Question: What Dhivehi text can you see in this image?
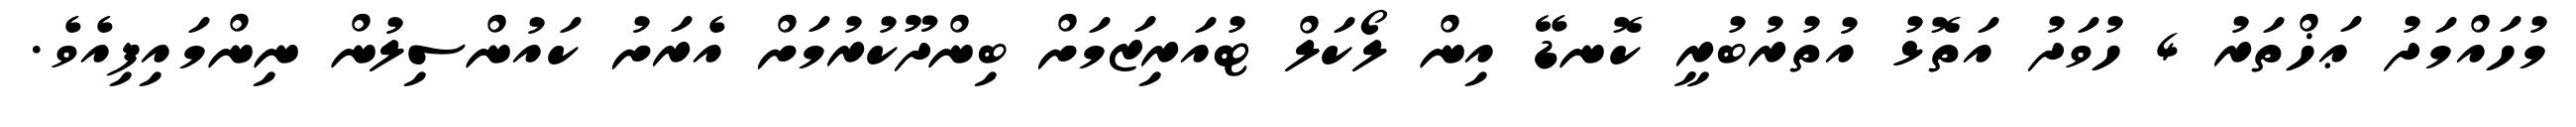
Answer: މުހައްމަދު ޢަޚްތަރު 4 ހުވަދު އަތޮޅު އުތުރުބުރީ ކޮނޑޭ އިން ލޯކަލް ޓުއަރިޒަމަށް ބިންދޫކުރުމަށް އެރަށު ކައުންސިލުން ނިންމައިފިއެވެ.